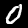
Label: 0